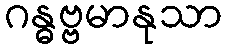
ဂန္ဓဗ္ဗမာနုသာ